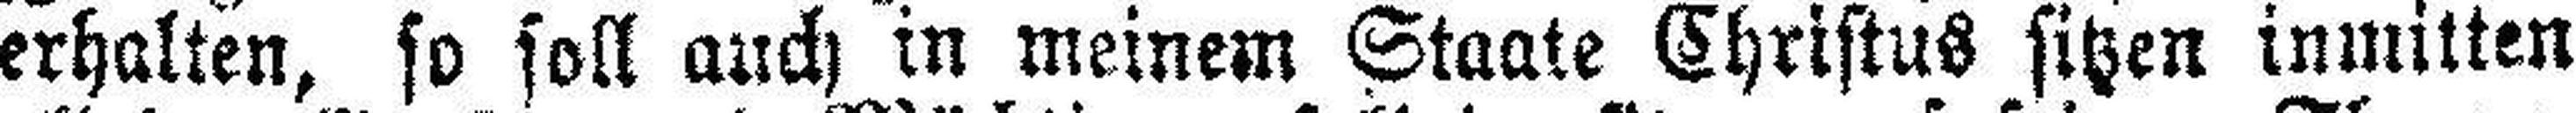
erhalten, so soll auch in meinem Staate Christus sitzen inmitten